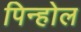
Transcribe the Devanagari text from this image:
पिन्होल